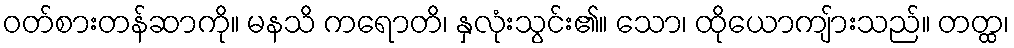
ဝတ်စားတန်ဆာကို။ မနသိ ကရောတိ၊ နှလုံးသွင်း၏။ သော၊ ထိုယောကျ်ားသည်။ တတ္ထ၊